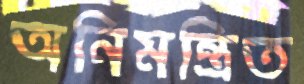
অনিমন্ত্রিত